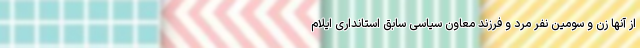
از آنها زن و سومین نفر مرد و فرزند معاون سیاسی سابق استانداری ایلام